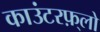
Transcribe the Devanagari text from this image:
काउंटरफ़्लो